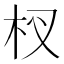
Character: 杈